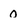
Character: o